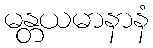
မန္တယမာနာနံ